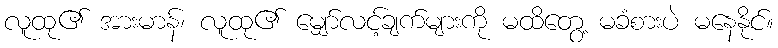
လူထု၏ အားမာန်၊ လူထု၏ မျှော်လင့်ချက်များကို မထိတွေ့ မခံစားပဲ မနေနိုင်။